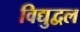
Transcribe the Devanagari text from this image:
विद्युद्वल